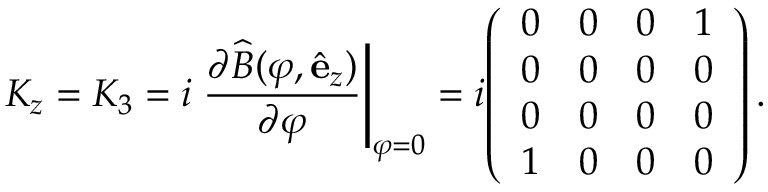
K _ { z } = K _ { 3 } = i \left. { \frac { \partial { \widehat { B } } ( \varphi , { \hat { \mathbf { e } } } _ { z } ) } { \partial \varphi } } \right| _ { \varphi = 0 } = i { \left( \begin{array} { l l l l } { 0 } & { 0 } & { 0 } & { 1 } \\ { 0 } & { 0 } & { 0 } & { 0 } \\ { 0 } & { 0 } & { 0 } & { 0 } \\ { 1 } & { 0 } & { 0 } & { 0 } \end{array} \right) } \, .